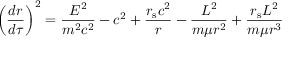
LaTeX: \left( { \frac { d r } { d \tau } } \right) ^ { 2 } = { \frac { E ^ { 2 } } { m ^ { 2 } c ^ { 2 } } } - c ^ { 2 } + { \frac { r _ { \mathrm { { s } } } c ^ { 2 } } { r } } - { \frac { L ^ { 2 } } { m \mu r ^ { 2 } } } + { \frac { r _ { \mathrm { { s } } } L ^ { 2 } } { m \mu r ^ { 3 } } }